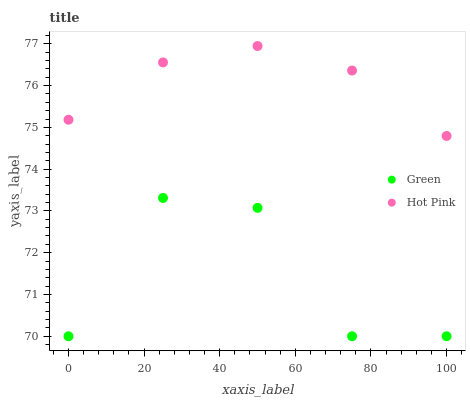
| xaxis_label | Green | Hot Pink |
 | --- | --- | --- |
 | 0 | 70 | 75.2 |
 | 25 | 73.3 | 76.6 |
 | 50 | 73.1 | 76.9 |
 | 75 | 70 | 76.4 |
 | 100 | 70 | 74.8 |